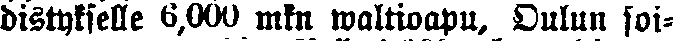
distykselle 6,000 mkn waltioapu, Oulun soi-